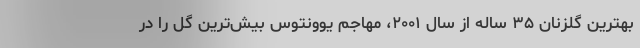
بهترین گلزنان ۳۵ ساله از سال ۲۰۰۱، مهاجم یوونتوس بیش‌ترین گل را در